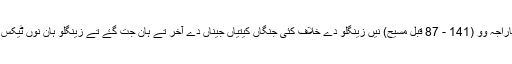
ہان ٹبر دا مہاراجہ وو (141 - 87 قبل مسیح) نیں زینگلو دے خلاف کئی جنگاں کیتیاں جیناں دے آخر تے ہان جت گۓ تے زینگلو ہان نوں ٹیکس دین لگ پۓ۔